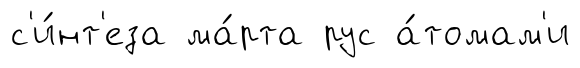
с'и́нт'еза ма́рта рус а́томам'и